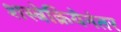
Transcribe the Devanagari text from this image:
शस्त्रेक्रियेनंतर